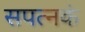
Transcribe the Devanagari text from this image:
सपत्नकं